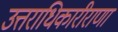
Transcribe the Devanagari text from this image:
उत्तराधिकारीराणा